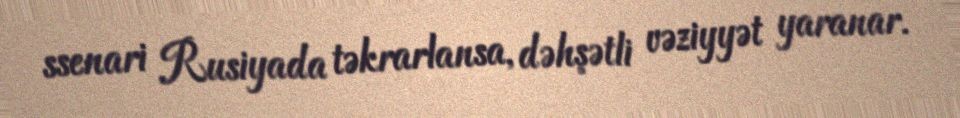
ssenari Rusiyada təkrarlansa, dəhşətli vəziyyət yaranar.